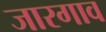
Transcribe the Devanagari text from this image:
जारगाव